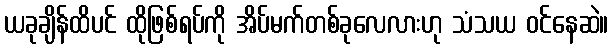
ယခုချိန်ထိပင် ထိုဖြစ်ရပ်ကို အိပ်မက်တစ်ခုလေလားဟု သံသယ ဝင်နေဆဲ။